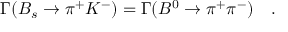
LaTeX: \Gamma ( B _ { s } \to \pi ^ { + } K ^ { - } ) = \Gamma ( B ^ { 0 } \to \pi ^ { + } \pi ^ { - } ) ~ ~ ~ .